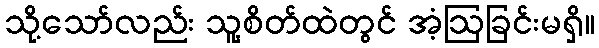
သို့သော်လည်း သူ့စိတ်ထဲတွင် အံ့ဩခြင်းမရှိ။